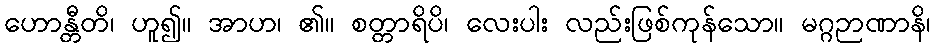
ဟောန္တီတိ၊ ဟူ၍။ အာဟ၊ ၏။ စတ္တာရိပိ၊ လေးပါး လည်းဖြစ်ကုန်သော။ မဂ္ဂဉာဏာနိ၊